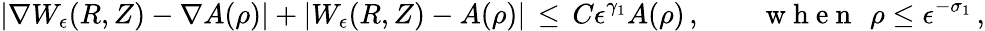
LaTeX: |\nabla W_{\epsilon}(R,Z)-\nabla A(\rho)|+|W_{\epsilon}(R,Z)-A(\rho)|\, \le\, C\epsilon^{\gamma_{1}}A(\rho)\, ,\qquad\mathrm{~w~h~e~n~}~\, \rho\le\epsilon^{-\sigma_{1}}\, ,